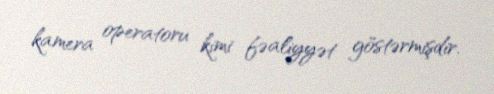
kamera operatoru kimi fəaliyyət göstərmişdir.